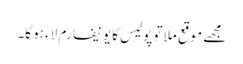
مجھے موقع ملا تو پولیس کا یونیفارم لاء ہو گا۔